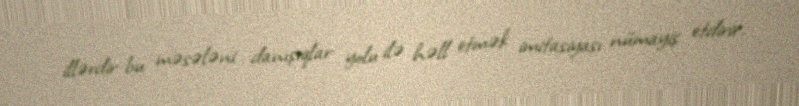
illərdir bu məsələni danışıqlar yolu ilə həll etmək imitasiyası nümayiş etdirir.